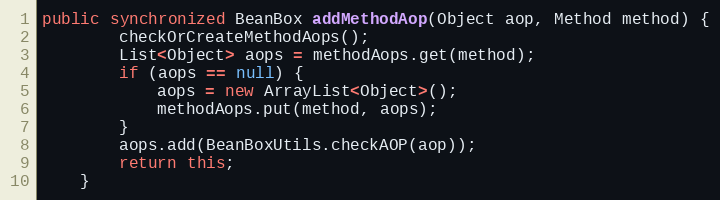
Language: Java
public synchronized BeanBox addMethodAop(Object aop, Method method) {
		checkOrCreateMethodAops();
		List<Object> aops = methodAops.get(method);
		if (aops == null) {
			aops = new ArrayList<Object>();
			methodAops.put(method, aops);
		}
		aops.add(BeanBoxUtils.checkAOP(aop));
		return this;
	}